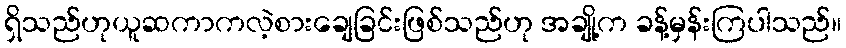
ရှိသည်ဟုယူဆကာကလဲ့စားချေခြင်းဖြစ်သည်ဟု အချို့က ခန့်မှန်းကြပါသည်။